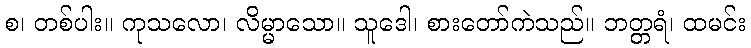
စ၊ တစ်ပါး။ ကုသလော၊ လိမ္မာသော။ သူဒေါ၊ စားတော်ကဲသည်။ ဘတ္တရံ၊ ထမင်း